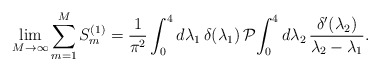
\begin{align*}\lim_{M\to\infty}\sum_{m=1}^MS_m^{(1)}=\frac{1}{\pi^2}\int_0^4 d\lambda_1\, \delta(\lambda_1)\,\mathcal{P}\!\!\,\int_0^4 d\lambda_2\, \frac{\delta'(\lambda_2)}{\lambda_2-\lambda_1}.\end{align*}